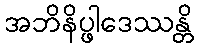
အဘိနိပ္ဖါဒေဿန္တိ